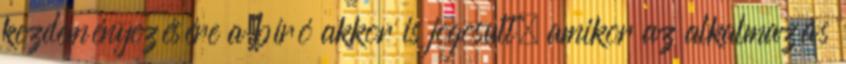
kezdeményezésére a bíró akkor is jogosult, amikor az alkalmazás